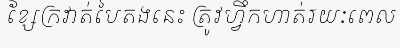
ខ្សែក្រវាត់បៃតងនេះ ត្រូវហ្វឹកហាត់រយៈពេល